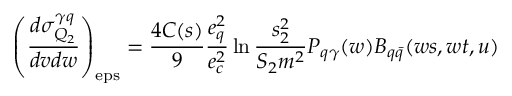
\left( \frac { d \sigma _ { Q _ { 2 } } ^ { \gamma q } } { d v d w } \right) _ { \mathrm { e p s } } = \frac { 4 C ( s ) } { 9 } \frac { e _ { q } ^ { 2 } } { e _ { c } ^ { 2 } } \ln \frac { s _ { 2 } ^ { 2 } } { S _ { 2 } m ^ { 2 } } P _ { q \gamma } ( w ) B _ { q \bar { q } } ( w s , w t , u )